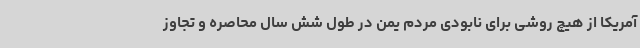
آمریکا از هیچ روشی برای نابودی مردم یمن در طول شش سال محاصره و تجاوز